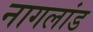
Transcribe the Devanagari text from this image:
नागलांड